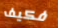
فكيف